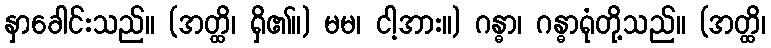
နှာခေါင်းသည်။ (အတ္ထိ၊ ရှိ၏။) မမ၊ ငါ့အား။) ဂန္ဓာ၊ ဂန္ဓာရုံတို့သည်။ (အတ္ထိ၊